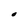
Character: O